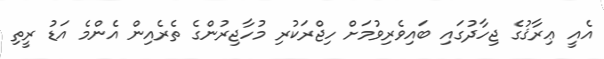
އެއީ ޢިރާޤުގެ ޖިހާދުގައި ބައިވެރިވުމަށް ހިޖްރަކުރި މުހާޖިރުންގެ ތެރެއިން އެންމެ އަޑު ރީތި